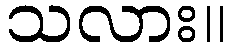
သလား။